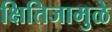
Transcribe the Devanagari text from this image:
क्षितिजामुळे